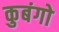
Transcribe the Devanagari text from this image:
कुबंगो